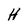
Character: H